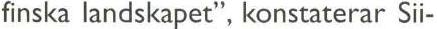
finska landskapet", konstaterar Sii-